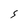
Character: S